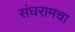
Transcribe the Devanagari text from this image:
संघरामचा